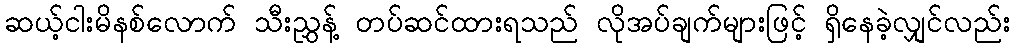
ဆယ့်ငါးမိနစ်လောက် သီးညွှန့် တပ်ဆင်ထားရသည် လိုအပ်ချက်များဖြင့် ရှိနေခဲ့လျှင်လည်း